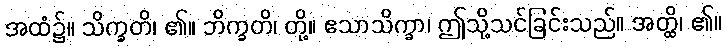
အထံ၌။ သိက္ခတိ၊ ၏။ ဘိက္ခတိ၊ တို့။ ဧသာသိက္ခာ၊ ဤသို့သင်ခြင်းသည်။ အတ္ထိ၊ ၏။